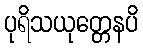
ပုရိသယုတ္တေနပိ